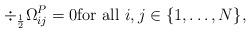
LaTeX: \begin{align*} \div_{\frac{1}{2}} \Omega^P_{ij} = 0 \mbox{for all }i,j \in \{1,\ldots,N\},\end{align*}